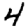
Digit: 4